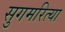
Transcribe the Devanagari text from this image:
सुगमरित्या